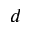
d